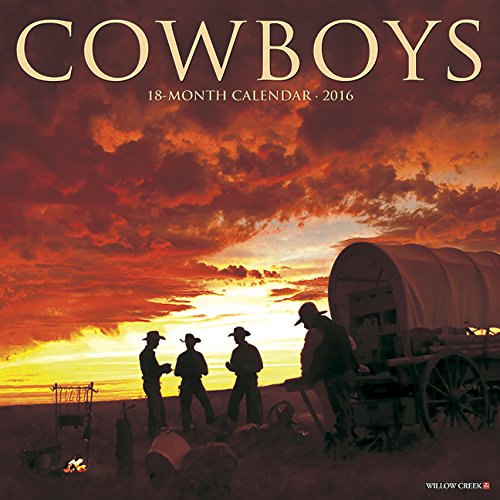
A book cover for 2016 Cowboys Wall Calendar; Willow Creek Press; Calendars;